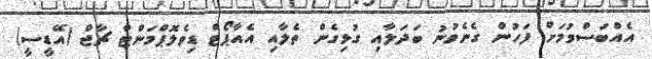
އެއްބަސްވުމަށް ފަހުން ގެނެވުނު ބަދަލާއި ގުޅިގެން ތެލާއި އެއާޕޯޓް ޑިވެލޮޕްމަންޓް ޗާޖް (އޭޑީސީ)